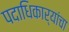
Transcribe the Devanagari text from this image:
पदाधिकार्‍यांचा